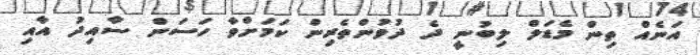
އަނެއް ތިން މެޑަލް ލިބުނީ ދެ ދުވުންތެރިން ކަމަށްވާ ހަސަން ސާއިދު އާއި